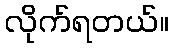
လိုက်ရတယ်။